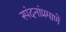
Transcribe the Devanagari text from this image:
स्पंदनांप्रमाणे